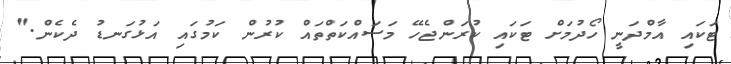
ޓަކައި އާމްދަނީ ހޯދުމަށް ޓަކައި ކުރަންޖެހޭ މަސައްކަތްތައް ކުރުން ކަމުގައި އަޅުގަނޑު ދެކެން."